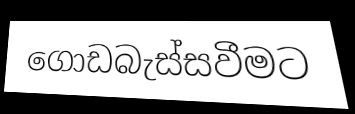
ගොඩබැස්සවීමට